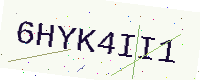
Text: 6HYK4II1